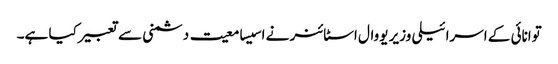
توانائی کے اسرائیلی وزیر یووال اسٹائنر نے اسیسامعیت دشمنی سے تعبیر کیا ہے۔